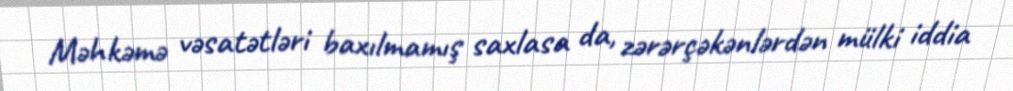
Məhkəmə vəsatətləri baxılmamış saxlasa da, zərərçəkənlərdən mülki iddia